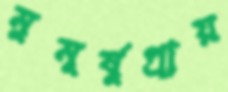
মুমূর্ষুপ্রায়